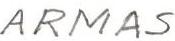
ARMAS